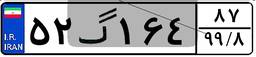
۵۸گ۶۶۱۰۴